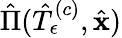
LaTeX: \hat{\Pi}(\hat{T}_{\epsilon}^{\left(c\right)},\hat{\mathbf{x}})